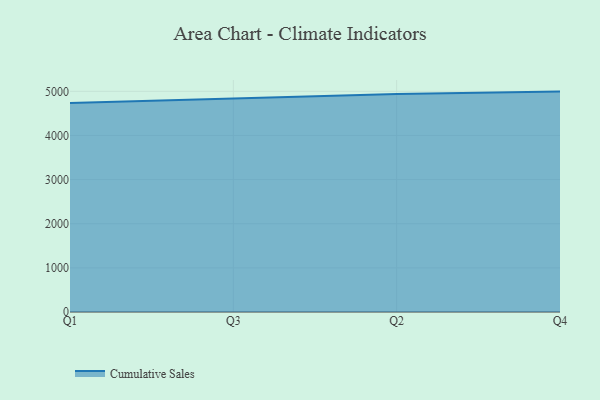
{"axis": {"x": "Quarter", "y": "Active Users"}, "legend": ["Cumulative Sales"], "data": [{"x": "Q1", "y": 4736.5, "type": "Cumulative Sales"}, {"x": "Q3", "y": 4840.0, "type": "Cumulative Sales"}, {"x": "Q2", "y": 4940.9, "type": "Cumulative Sales"}, {"x": "Q4", "y": 4993.3, "type": "Cumulative Sales"}]}